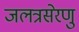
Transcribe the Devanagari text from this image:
जलत्रसेरणु